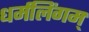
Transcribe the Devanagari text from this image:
धर्मलिंगम्